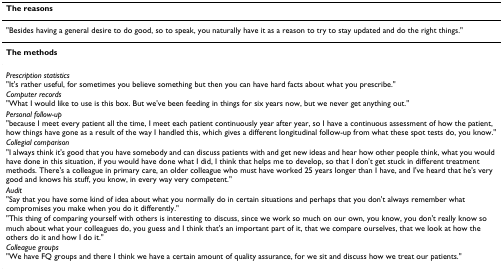
| The reasons |
 | --- |
 | "Besides having a general desire to do good, so to speak, you naturally have it as a reason to try to stay updated and do the right things." |
 | The methods |
 | Prescription statistics"It's rather useful, for sometimes you believe something but then you can have hard facts about what you prescribe." |
 | Computer records"What I would like to use is this box. But we've been feeding in things for six years now, but we never get anything out." |
 | Personal follow-up"because I meet every patient all the time, I meet each patient continuously year after year, so I have a continuous assessment of how the patient, how things have gone as a result of the way I handled this, which gives a different longitudinal follow-up from what these spot tests do, you know." |
 | Collegial comparison"I always think it's good that you have somebody and can discuss patients with and get new ideas and hear how other people think, what you would have done in this situation, if you would have done what I did, I think that helps me to develop, so that I don't get stuck in different treatment methods. There's a colleague in primary care, an older colleague who must have worked 25 years longer than I have, and I've heard that he's very good and knows his stuff, you know, in every way very competent." |
 | Audit"Say that you have some kind of idea about what you normally do in certain situations and perhaps that you don't always remember what compromises you make when you do it differently." |
 | "This thing of comparing yourself with others is interesting to discuss, since we work so much on our own, you know, you don't really know so much about what your colleagues do, you guess and I think that's an important part of it, that we compare ourselves, that we look at how the others do it and how I do it." |
 | Colleague groups"We have FQ groups and there I think we have a certain amount of quality assurance, for we sit and discuss how we treat our patients." |